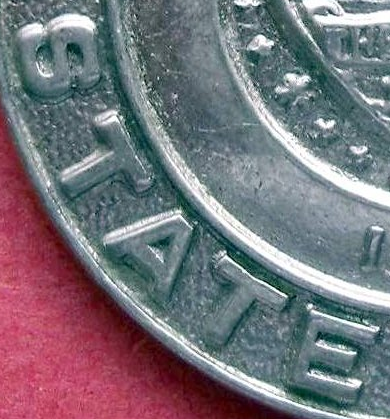
STATE